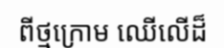
ពីថ្មក្រោម ឈើលើដ៏